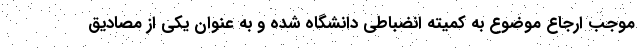
موجب ارجاع موضوع به کمیته انضباطی دانشگاه شده و به عنوان یکی از مصادیق